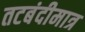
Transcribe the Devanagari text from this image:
तटबंदीमात्र